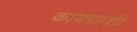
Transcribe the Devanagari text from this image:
कायद्याशी